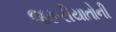
જરૂરીયાતોની